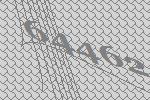
64462